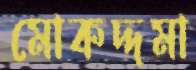
মোকদ্দমা